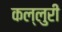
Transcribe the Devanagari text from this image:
कल्लुरी